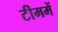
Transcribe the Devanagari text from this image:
टीममें